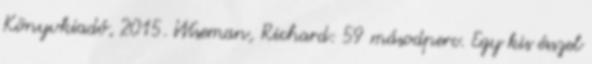
Könyvkiadó, 2015. Wiseman, Richard: 59 másodperc. Egy kis ésszel